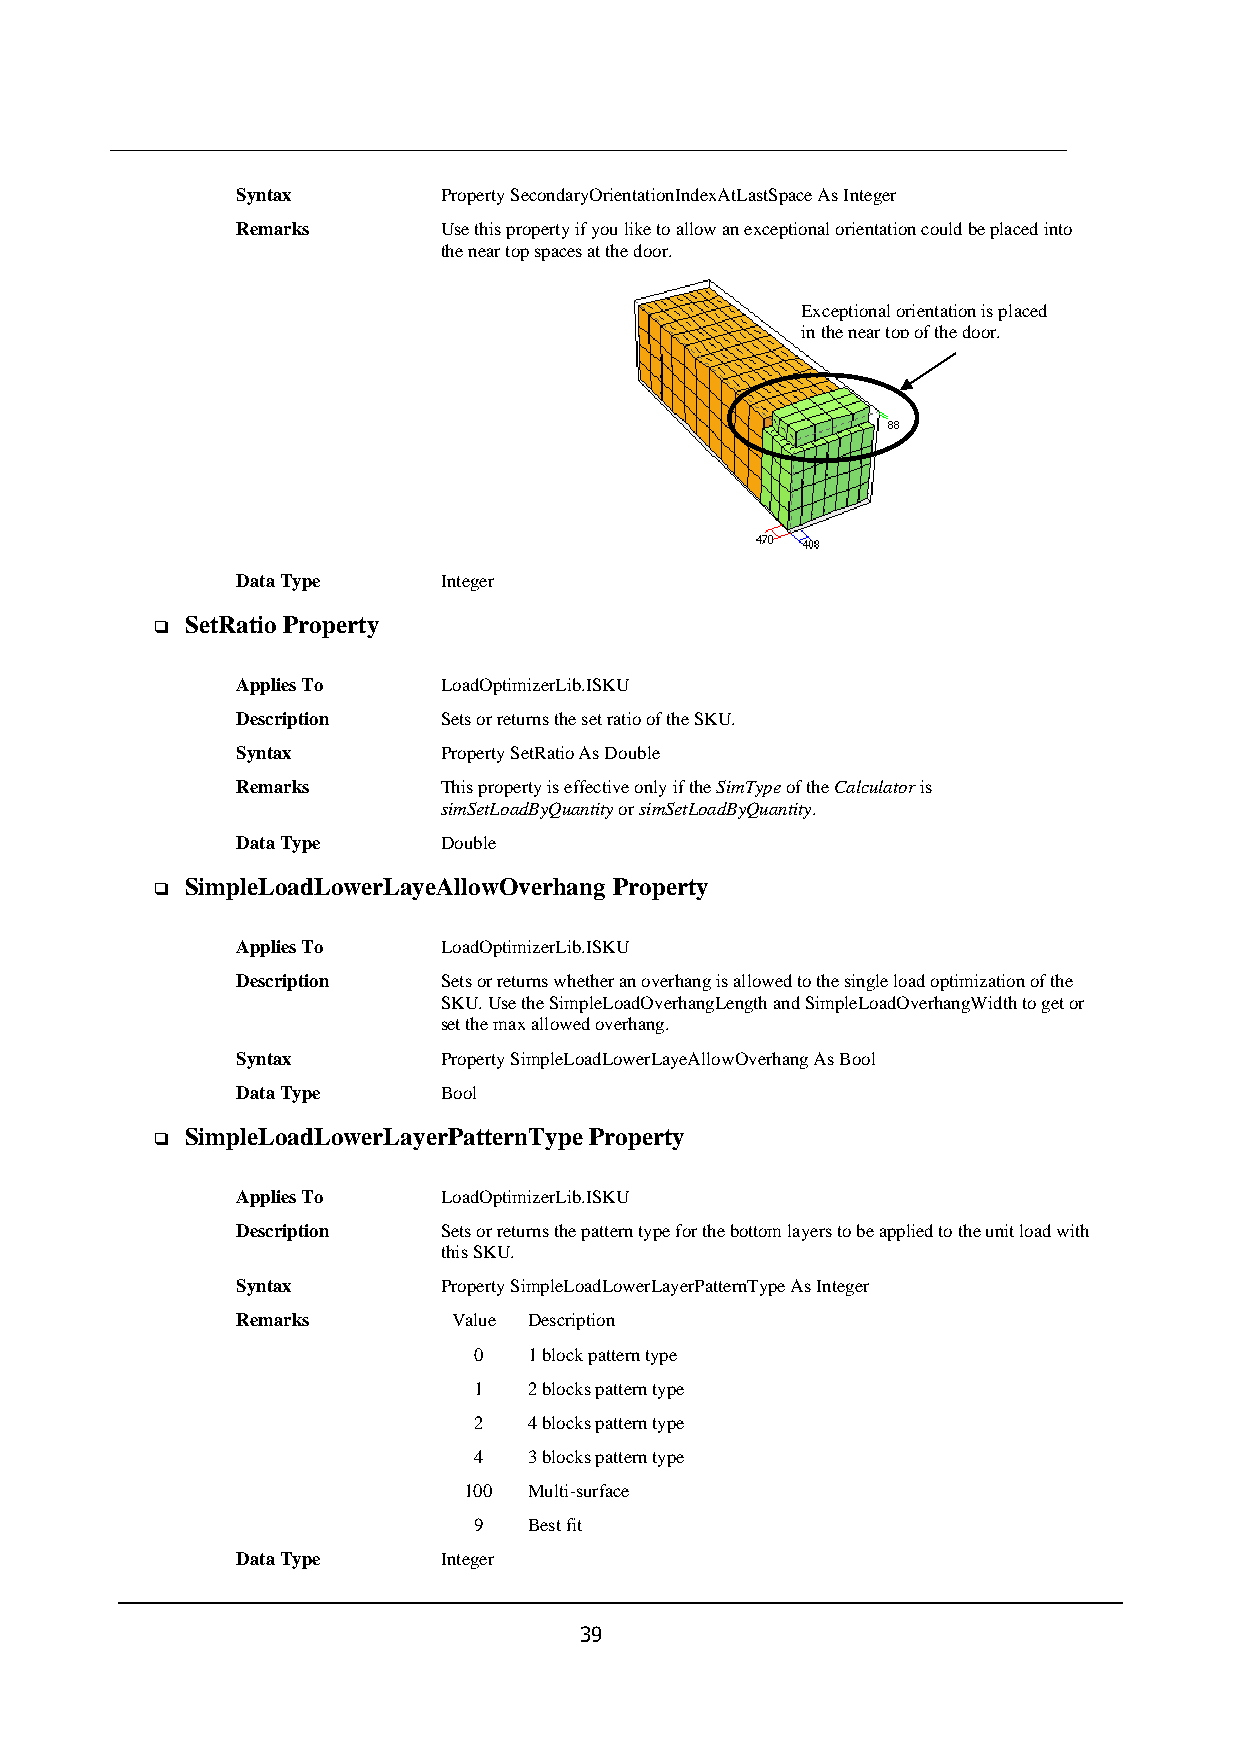
Syntax       Property SecondaryOrientationIndexAtLastSpace As Integer
 Remarks      Use this property if you like to allow an exceptional orientation could be placed into
 the near top spaces at the door.
 Exceptional orientation is placed
 in the near top of the door.
 Data Type    Integer
 SetRatio Property
 ❑
 Applies To   LoadOptimizerLib.ISKU
 Description  Sets or returns the set ratio of the SKU.
 Syntax       Property SetRatio As Double
 Remarks      This property is effective only if the SimType of the Calculator is
 simSetLoadByQuantity or simSetLoadByQuantity.
 Data Type    Double
 SimpleLoadLowerLayeAllowOverhang Property
 ❑
 Applies To   LoadOptimizerLib.ISKU
 Description  Sets or returns whether an overhang is allowed to the single load optimization of the
 SKU. Use the SimpleLoadOverhangLength and SimpleLoadOverhangWidth to get or
 set the max allowed overhang.
 Syntax       Property SimpleLoadLowerLayeAllowOverhang As Bool
 Data Type    Bool
 SimpleLoadLowerLayerPatternType Property
 ❑
 Applies To   LoadOptimizerLib.ISKU
 Description  Sets or returns the pattern type for the bottom layers to be applied to the unit load with
 this SKU.
 Syntax       Property SimpleLoadLowerLayerPatternType As Integer
 Remarks       Value Description
 0   1 block pattern type
 1   2 blocks pattern type
 2   4 blocks pattern type
 4   3 blocks pattern type
 100 Multi-surface
 9   Best fit
 Data Type    Integer
 39